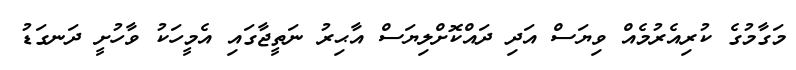
މަގާމުގެ ކުރިއެރުމެއް ވިޔަސް އަދި ދައްކޮށްލިޔަސް އާޙިރު ނަތީޖާގައި އެމީހަކު ވާހުށީ ދަނގަޑު